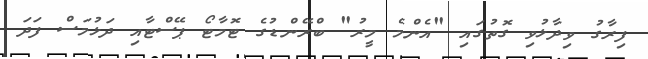
ފިރާގު ވިދާޅުވި ގޮތުގައި "އެންމެ މީރު" ބްރޭންޑުގެ ޓޮމާޓޯ ޕޭސްޓާއި ދަޅުމަސް ފަދަ